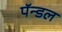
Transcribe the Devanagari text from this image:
पॅन्डल